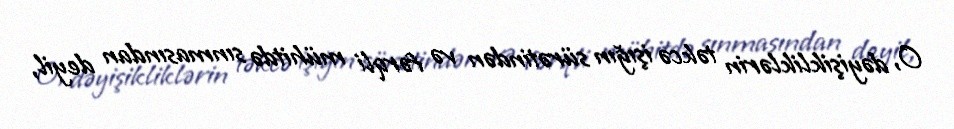
O, dəyişikliklərin təkcə işığın sürətindən və fərqli mühitdə sınmasından deyil,